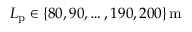
L _ { \mathrm { p } } \in \{ 8 0 , 9 0 , \hdots , 1 9 0 , 2 0 0 \} \, \mathrm { m }